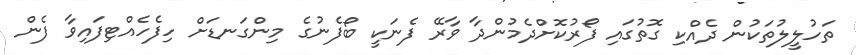
ތަހުލީލުތަކުން ދެއްކި ގޮތުގައި ފޯރުކޮށްދެމުންދާ ވާރޭ ފެނަކީ ބޯފެނުގެ މިންގަނޑަށް ހިފެހެއްޓިފައިވާ ފެން